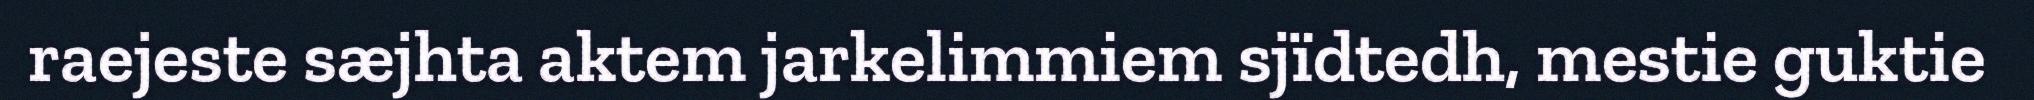
raejeste sæjhta aktem jarkelimmiem sjïdtedh, mestie guktie